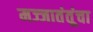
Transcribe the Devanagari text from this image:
मज्जातंतूंचा